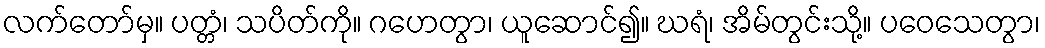
လက်တော်မှ။ ပတ္တံ၊ သပိတ်ကို။ ဂဟေတွာ၊ ယူဆောင်၍။ ဃရံ၊ အိမ်တွင်းသို့။ ပဝေသေတွာ၊